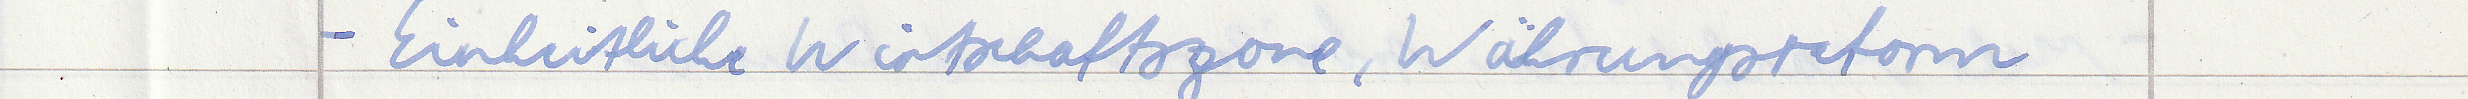
- Einheitliche Wirtschaftszone, Währungsreform